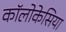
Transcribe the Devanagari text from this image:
कॉलोकेसिया